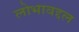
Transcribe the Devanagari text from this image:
लोभाबद्दल